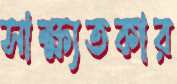
সাক্ষ্যতকার